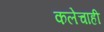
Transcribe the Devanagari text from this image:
कलेचाही